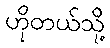
ဟိုတယ်သို့